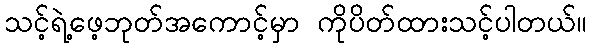
သင့်ရဲ့ဖေ့ဘုတ်အကောင့်မှာ ကိုပိတ်ထားသင့်ပါတယ်။